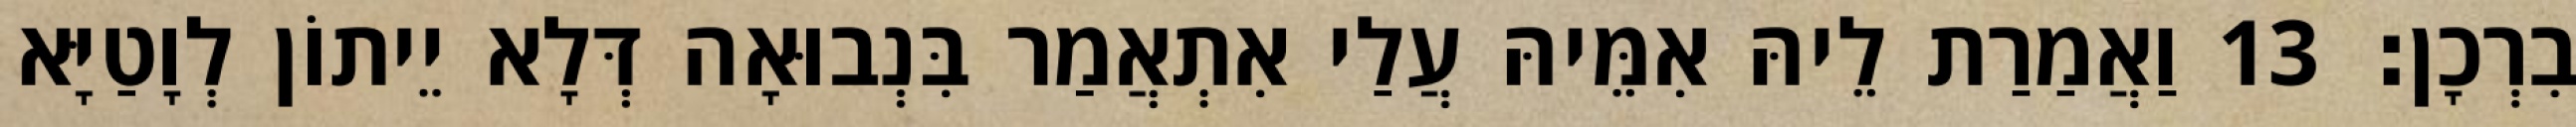
בִרְכָן׃ 13 וַאֲמַרַת לֵיהּ אִמֵּיהּ עֲלַי אִתְאֲמַר בִּנְבוּאָה דְּלָא יֵיתוֹן לְוָטַיָּא